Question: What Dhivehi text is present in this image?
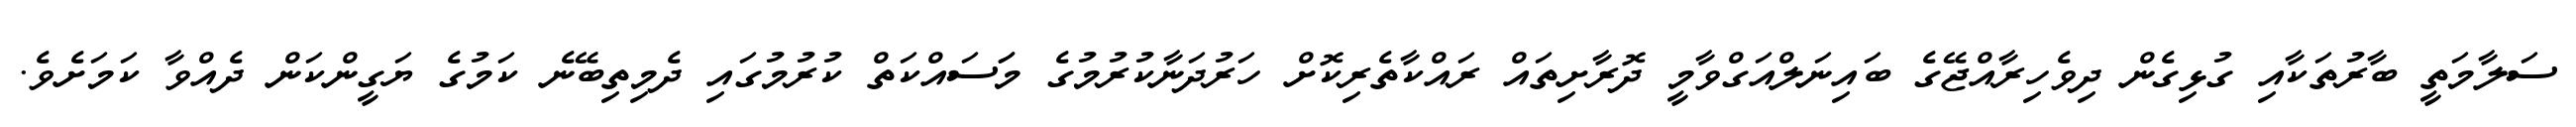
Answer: ސަލާމަތީ ބާރުތަކާއި ގުޅިގެން ދިވެހިރާއްޖޭގެ ބައިނަލްއަގްވާމީ ދޮރާށިތައް ރައްކާތެރިކޮށް ހަރުދަނާކުރުމުގެ މަަސައްކަތް ކުރުމުގައި ދެމިތިބޭނެ ކަމުގެ ޔަގީންކަން ދެއްވާ ކަމަށެވެ.